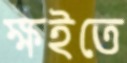
ক্ষইতে